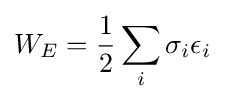
W_{E}={\frac {1}{2}}\displaystyle \sum _{i}\sigma _{i}\epsilon _{i}